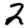
Digit: 2